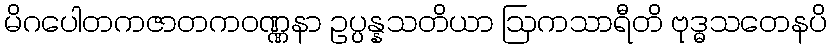
မိဂပေါတကဇာတကဝဏ္ဏနာ ဥပ္ပန္နသတိယာ ဩကသာရီတိ ဗုဒ္ဓသတေနပိ